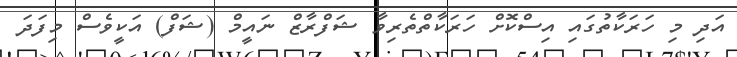
އަދި މި ހަރަކާތުގައި އިސްކޮށް ހަރަކާތްތެރިވާ ޝަފްރާޒް ނައީމް (ޝަފް) އަކީވެސް މިފަދަ